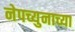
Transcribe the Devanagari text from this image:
नेपच्युनाच्या